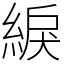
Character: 綟